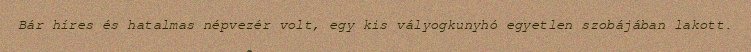
Bár híres és hatalmas népvezér volt, egy kis vályogkunyhó egyetlen szobájában lakott.